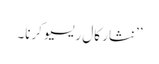
’’نثار کال ریسیو کرنا۔